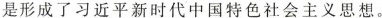
是形成了习近平新时代中国特色社会主义思想。